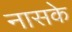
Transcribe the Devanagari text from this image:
नासके